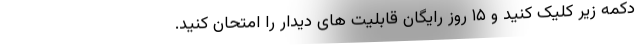
دکمه زیر کلیک کنید و ۱۵ روز رایگان قابلیت های دیدار را امتحان کنید.